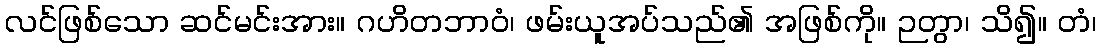
လင်ဖြစ်သော ဆင်မင်းအား။ ဂဟိတဘာဝံ၊ ဖမ်းယူအပ်သည်၏ အဖြစ်ကို။ ဉတွာ၊ သိ၍။ တံ၊